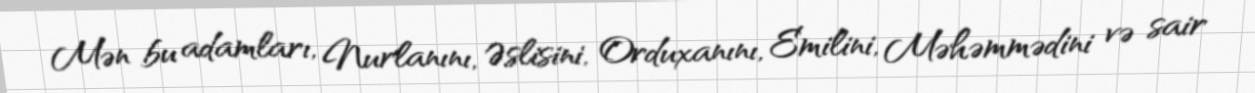
Mən bu adamları, Nurlanını, Əslisini, Orduxanını, Emilini, Məhəmmədini və sair